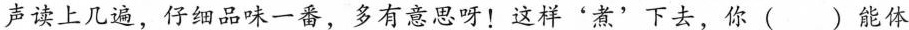
声读上几遍，仔细品味一番，多有意思呀！这样'煮'下去，你()能体